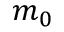
m _ { 0 }